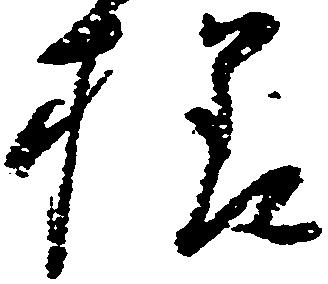
様